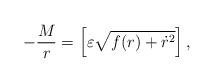
LaTeX: \begin{align*}- \frac{M}{r} = \left[ \varepsilon \sqrt{f(r) + \dot{r}^2} \right],\end{align*}